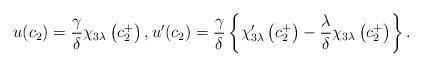
LaTeX: \begin{align*}u(c_{2})=\frac{\gamma }{\delta }\chi _{3\lambda }\left( c_{2}^{+}\right) ,u^{\prime }(c_{2})=\frac{\gamma }{\delta }\left\{ \chi_{3\lambda }^{\prime }\left( c_{2}^{+}\right) -\frac{\lambda }{\delta }\chi_{3\lambda }\left( c_{2}^{+}\right) \right\} . \end{align*}